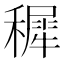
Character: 穉